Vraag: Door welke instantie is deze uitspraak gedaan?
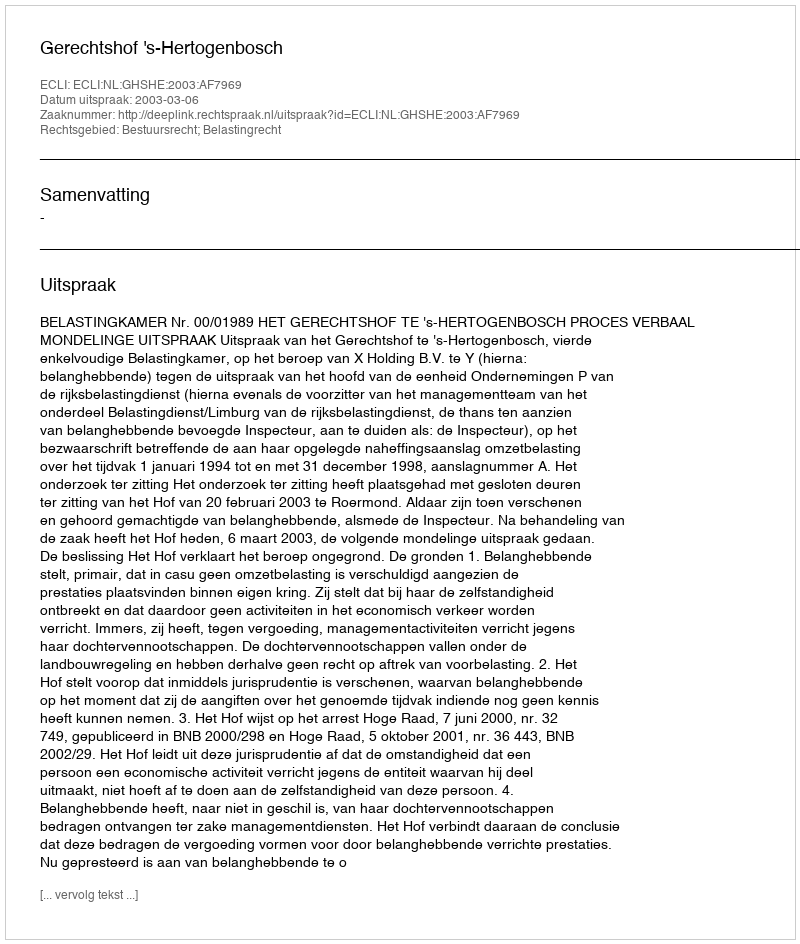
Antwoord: Gerechtshof 's-Hertogenbosch